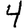
Digit: 4